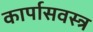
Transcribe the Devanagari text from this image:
कार्पासवस्त्र